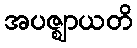
အပဇ္ဈာယတိ